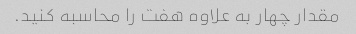
مقدار چهار به علاوه هفت را محاسبه کنید.